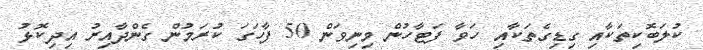
ކުލަބޮކިތަކާއި ގިޑިގެތަކާއި ހަވާ ފަޓާހުން މިނިވަން 50 ފާހަގަ ކުރަމުން ގެންދާއިރު އިދިކޮޅު